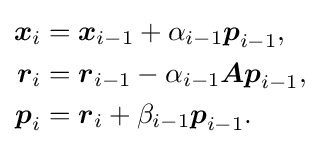
{\begin{aligned}{\boldsymbol {x}}_{i}&={\boldsymbol {x}}_{i-1}+\alpha _{i-1}{\boldsymbol {p}}_{i-1}{\text{,}}\\{\boldsymbol {r}}_{i}&={\boldsymbol {r}}_{i-1}-\alpha _{i-1}{\boldsymbol {Ap}}_{i-1}{\text{,}}\\{\boldsymbol {p}}_{i}&={\boldsymbol {r}}_{i}+\beta _{i-1}{\boldsymbol {p}}_{i-1}{\text{.}}\end{aligned}}